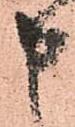
申